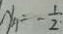
x _ { 4 } = - \frac { 1 } { 2 }